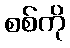
စစ်ကို